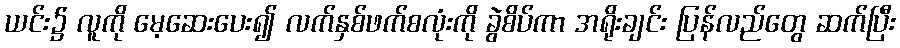
ယင်း၌ လူကို မေ့ဆေးပေး၍ လက်နှစ်ဖက်စလုံးကို ခွဲစိပ်ကာ အရိုးချင်း ပြန်လည်တွေ ဆက်ပြီး